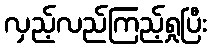
လှည့်လည်ကြည့်ရှုပြီး